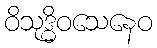
ဝိသုဒ္ဓိဝသေနေဝ